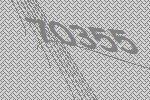
70355